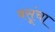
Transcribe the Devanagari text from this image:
बसूंचा